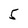
Character: 5